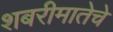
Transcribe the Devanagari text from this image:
शबरीमातेचे